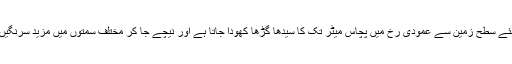
سونا نکالنے کے لئے سطحِ زمین سے عمودی رْخ میں پچاس میٹر تک کا سیدھا گڑھا کھودا جاتا ہے اور نیچے جا کر مختلف سمتوں میں مزید سرنگیں کھودی جاتی ہیں۔